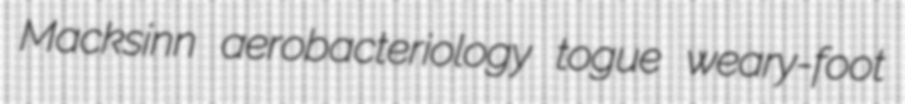
Macksinn aerobacteriology togue weary-foot